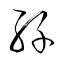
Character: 絲